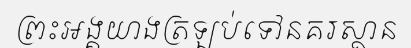
ព្រះអង្គយាងត្រឡប់ទៅនគរស្ថាន